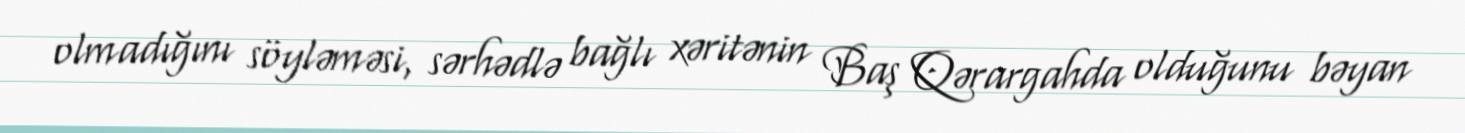
olmadığını söyləməsi, sərhədlə bağlı xəritənin Baş Qərargahda olduğunu bəyan